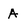
Character: A